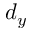
d _ { y }